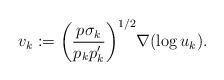
LaTeX: \begin{align*}v_k := \bigg(\frac{p\sigma_k}{p_kp_k'}\bigg)^{1/2} \nabla(\log u_k).\end{align*}